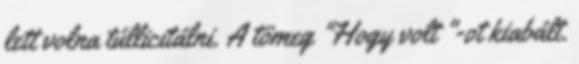
lett volna túllicitálni. A tömeg "Hogy volt "-ot kiabált.